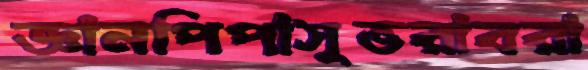
জ্ঞানপিপাসুভরাবরা